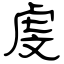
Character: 虔